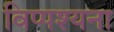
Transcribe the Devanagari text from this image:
विप्पश्यना